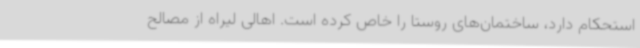
استحکام دارد، ساختمان‌های روستا را خاص کرده است. اهالی لیراه از مصالح